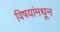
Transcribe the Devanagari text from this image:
विषयांमधून